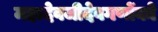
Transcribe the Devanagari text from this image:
महादेवजीदेवगणोंको